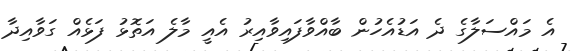
އެ މައްސަލާގެ ދެ އަޑުއެހުން ބާއްވާފައިވާއިރު އެއީ މާލެ އަތޮޅު ފަޅެއް ގަވާއިދާ